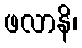
ဖလာနိ၊